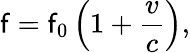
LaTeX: \mathsf{f}=\mathsf{f}_{0}\left(1+{\frac{{v}}{{c}}}\right),